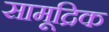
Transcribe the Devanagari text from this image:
सामूद्रिक